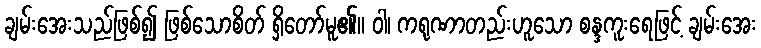
ချမ်းအေးသည်ဖြစ်၍ ဖြစ်သောစိတ် ရှိတော်မူ၏။ ဝါ၊ ကရုဏာတည်းဟူသော စန္ဒကူးရေဖြင့် ချမ်းအေး